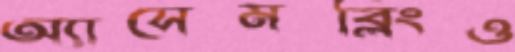
অ্যাসেমব্লিংও